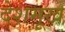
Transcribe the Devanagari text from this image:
देशमूख